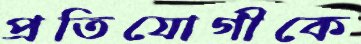
প্রতিযোগীকে